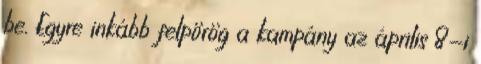
be. Egyre inkább felpörög a kampány az április 8-i